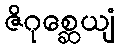
ဇိဂုစ္ဆေယျံ